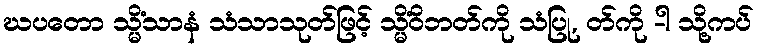
ဃပတော သ္မိံသာနံ သံသာသုတ်ဖြင့် သ္မိံဝိဘတ်ကို သံပြု, တ်ကို -ါ သို့ကပ်